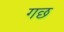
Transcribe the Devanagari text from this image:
गछ